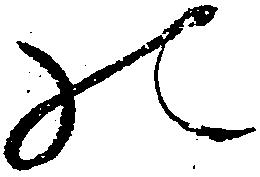
の